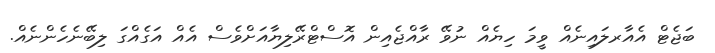
ބަޖެޓް އެއާރލައިނެއް ވީމަ ހިޔެއް ނުވޭ ރާއްޖެއިން އޮސްޓްރޭލިޔާއަށްވެސް އެއް އަގެއްގަ ލިބޭނެހެންނެއް.